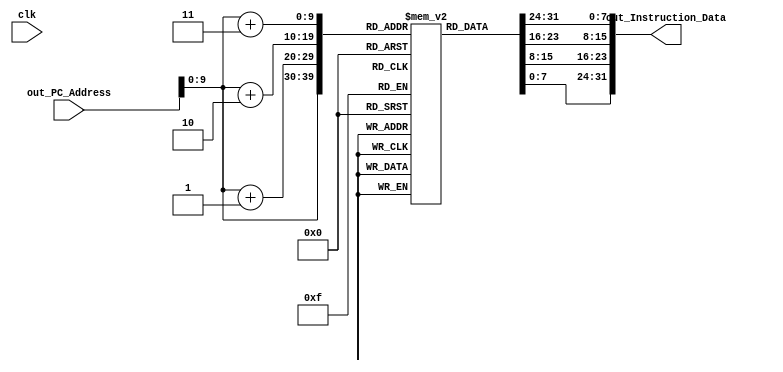

module Instruc_Mem(
input clk,//not used
input [31:0]out_PC_Address,
output reg [31:0] out_Instruction_Data
);
integer i;
reg [7:0] Instruction [1023:0];

initial
begin
for(i=0;i<=1023;i=i+1)begin
Instruction [i]=8'b00000000;
end
//put initial instructions here:
//

//Load Hazard Test (load t0,0t1 , add t2,t1,t3)
//Instruction[0]='b00000000;                                                                                                                     
//Instruction[1]='b00000000;                                                                                                                     
//Instruction[2]='b00101000;                                                                                                                     
//Instruction[3]='b01001001;
////01001001 00101000 00000000 00000000
//Instruction[4]='b00100000;                                                                                                                     
//Instruction[5]='b01010000;                                                                                                                     
//Instruction[6]='b00001011;                                                                                                                     
//Instruction[7]='b00000101;
////00000101 00001011 01010000 00100000

////Forwarding test add t1,t2,t2 -> add t3,t1,t2
//Instruction[0]='b00100000;                                                                                                                     
//Instruction[1]='b01001000;                                                                                                                     
//Instruction[2]='b01001010;                                                                                                                     
//Instruction[3]='b00000101;
////000001 01010 01010 01001 00000 100000
//	
//Instruction[4]='b00100000;                                                                                                                     
//Instruction[5]='b01010000;                                                                                                                     
//Instruction[6]='b00101001;                                                                                                                     
//Instruction[7]='b00000101;	
////00000101 00101001 01010000 00100000

//
////addi (worked)
//Instruction[0]='b11111110;                                                                                                                     
//Instruction[1]='b00110101;                                                                                                                     
//Instruction[2]='b00101011;                                                                                                                     
//Instruction[3]='b00100101;			

////lw (worked) 
//Instruction[0]='b00000000;                                                                                                                     
//Instruction[1]='b00000000;                                                                                                                     
//Instruction[2]='b00101011;                                                                                                                     
//Instruction[3]='b01001001;

//
//add(worked)
Instruction[0]=8'b00100000;
Instruction[1]=8'b01011000;
Instruction[2]=8'b00101010;
Instruction[3]=8'b00000101;

//
////or(worked)
//Instruction[4]=8'b00100101;
//Instruction[5]=8'b01011000;
//Instruction[6]=8'b00101010;
//Instruction[7]=8'b00000101; 
//
////Nor(worked)
//Instruction[8]=8'b00100111;
//Instruction[9]=8'b01011000;
//Instruction[10]=8'b00101010;
//Instruction[11]=8'b00000101;
//
////sub(worked)
//Instruction[12]=8'b00100100;
//Instruction[13]=8'b01011000;
//Instruction[14]=8'b00101010;
//Instruction[15]=8'b00000101;
//
////sub unsigened (worked)
//Instruction[0]=8'b00100010;
//Instruction[1]=8'b01011000;
//Instruction[2]=8'b00101010;
//Instruction[3]=8'b00000101;

//addiu(worked)
//Instruction[0]='b00000000;                                                                                                                     
//Instruction[1]='b10000000;                                                                                                                     
//Instruction[2]='b00101011;                                                                                                                     
//Instruction[3]='b00100001;

////andi(worked)
//Instruction[0]='b00010101;                                                                                                                     
//Instruction[1]='b00000000;                                                                                                                     
//Instruction[2]='b00101011;                                                                                                                     
//Instruction[3]='b00110001;
//
////j(worked)
//Instruction[0]='b11111111;                                                                                                                     
//Instruction[1]='b11111111;                                                                                                                     
//Instruction[2]='b00111111;                                                                                                                 
//Instruction[3]='b00001000;

////jal(worked)
//Instruction[0]='b11111110;                                                                                                                     
//Instruction[1]='b11111111;                                                                                                                     
//Instruction[2]='b00111111;                                                                                                                     
//Instruction[3]='b00001100;
//
//jr ra(worked)
//Instruction[0]='b00001000;                                                                                                                     
//Instruction[1]='b00000000;                                                                                                                     
//Instruction[2]='b11100000;                                                                                                                     
//Instruction[3]='b00000111;

////lbu(worked)
//Instruction[0]='b00000000;                                                                                                                     
//Instruction[1]='b00000000;                                                                                                                     
//Instruction[2]='b00101011;                                                                                                                     
//Instruction[3]='b10001001;
//
////lui(worked)
//Instruction[0]='b00000100;                                                                                                                     
//Instruction[1]='b00000000;                                                                                                                     
//Instruction[2]='b00001011;                                                                                                                     
//Instruction[3]='b00111100;
//
//

//
////ori(worked)
//Instruction[0]='b00111001;                                                                                                                    
//Instruction[1]='b00101011;                                                                                                                     
//Instruction[2]='b00000000;                                                                                                                     
//Instruction[3]='b00111001;
 
//
//
////slt (worked)
//Instruction[0]='b00101010;                                                                                                                     
//Instruction[1]='b01011000;                                                                                                                     
//Instruction[2]='b00101010;                                                                                                                     
//Instruction[3]='b00000101;

//
//
////sltu(worked)
//Instruction[0]='b00101011;                                                                                                                     
//Instruction[1]='b01011000;                                                                                                                     
//Instruction[2]='b00101010;                                                                                                                     
//Instruction[3]='b00000101;
//

////sll(worked)
//
//Instruction[0]='b01000000;                                                                                                                     
//Instruction[1]='b01011000;                                                                                                                     
//Instruction[2]='b00100000;                                                                                                                     
//Instruction[3]='b00000101;
////
//
////srl(worked)
//Instruction[0]='b01000010;                                                                                                                     
//Instruction[1]='b01011000;                                                                                                                     
//Instruction[2]='b00100000;                                                                                                                     
//Instruction[3]='b00000101;
//
//
////sw t[3],0t[1] (worked)
//Instruction[0]='b00000000;                                                                                                                     
//Instruction[1]='b00000000;                                                                                                                     
//Instruction[2]='b00101011;                                                                                                                     
//Instruction[3]='b10101101;

//
////sb t[3] ,0t[1](worked)
//Instruction[0]='b00000000;                                                                                                                     
//Instruction[1]='b00000000;                                                                                                                     
//Instruction[2]='b00101011;                                                                                                                     
//Instruction[3]='b10100001;
////
////lwn t[0],t[1],t[2] (worked) its R[rt]=M[Rs+Rd] (worked)
//Instruction[0]='b00100001;                                                                                                                     
//Instruction[1]='b01000000;                                                                                                                     
//Instruction[2]='b00101010;                                                                                                                     
//Instruction[3]='b00000101;
//
//beq beq t3,t1,011111110000111 
//Instruction[0]='b00001110;                                                                                                                     
//Instruction[1]='b01111111;                                                                                                                     
//Instruction[2]='b00101011;                                                                                                                     
//Instruction[3]='b00010101;


////bne t3,t1,011111110000111 (worked)
//Instruction[0]='b00001110;                                                                                                                     
//Instruction[1]='b01111111;                                                                                                                     
//Instruction[2]='b00101011;                                                                                                                     
//Instruction[3]='b00010001;

////mult
//Instruction[0]='b00011000;                                                                                                                     
//Instruction[1]='b01011000;                                                                                                                     
//Instruction[2]='b00101010;        //000001 01001 01010 01011 00000 010000                                                                                                             
//Instruction[3]='b00000101;			//00000101 00101010 01011000 00010000



end



always @(*)//always read address and give corresponding instruction
begin
out_Instruction_Data={Instruction[out_PC_Address+3],Instruction[out_PC_Address+2],Instruction[out_PC_Address+1],Instruction[out_PC_Address]};//little endian
end
endmodule